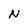
Character: N